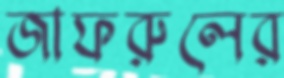
জাফরুলের